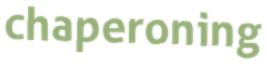
chaperoning